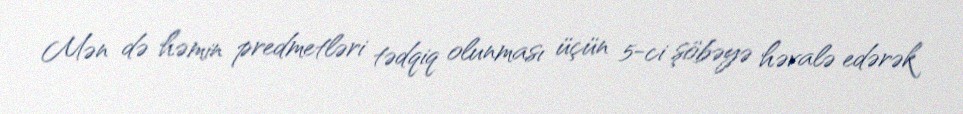
Mən də həmin predmetləri tədqiq olunması üçün 5-ci şöbəyə həvalə edərək